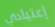
إعتيادي